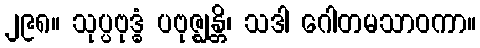
၂၉၈။ သုပ္ပဗုဒ္ဓံ ပဗုဇ္ဈန္တိ၊ သဒါ ဂေါတမသာဝကာ။